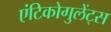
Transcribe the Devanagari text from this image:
एंटिकोगुलेंट्स